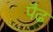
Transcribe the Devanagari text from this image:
पैढ